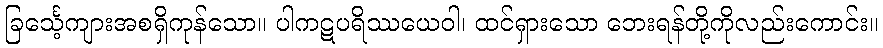
ခြင်္သေ့ကျားအစရှိကုန်သော။ ပါကဋပရိဿယေဝါ၊ ထင်ရှားသော ဘေးရန်တို့ကိုလည်းကောင်း။